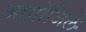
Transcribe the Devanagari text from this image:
आयोजिले